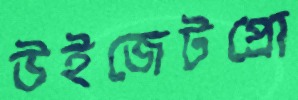
উইজেটপ্রো